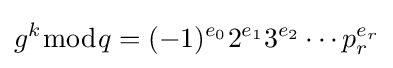
g^{k}{\bmod {q}}=(-1)^{e_{0}}2^{e_{1}}3^{e_{2}}\cdots p_{r}^{e_{r}}